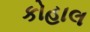
કોહાલ